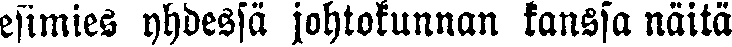
esimies yhdessä johtokunnan kanssa näitä